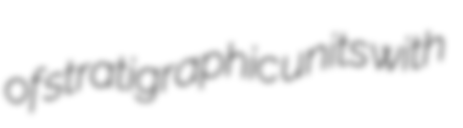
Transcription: of stratigraphic units with